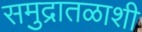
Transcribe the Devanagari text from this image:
समुद्रातळाशी